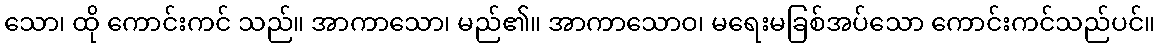
သော၊ ထို ကောင်းကင် သည်။ အာကာသော၊ မည်၏။ အာကာသောဝ၊ မရေးမခြစ်အပ်သော ကောင်းကင်သည်ပင်။